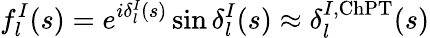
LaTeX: f_{l}^{I}(s)=e^{i\delta_{l}^{I}(s)}\sin\delta_{l}^{I}(s)\approx\delta_{l}^{I,\mathrm{ChPT}}(s)